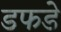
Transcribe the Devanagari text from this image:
डफडे